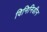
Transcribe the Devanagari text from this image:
विनिनिडीन